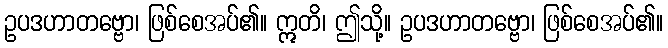
ဥပဒဟာတဗ္ဗော၊ ဖြစ်စေအပ်၏။ ဣတိ၊ ဤသို့။ ဥပဒဟာတဗ္ဗော၊ ဖြစ်စေအပ်၏။